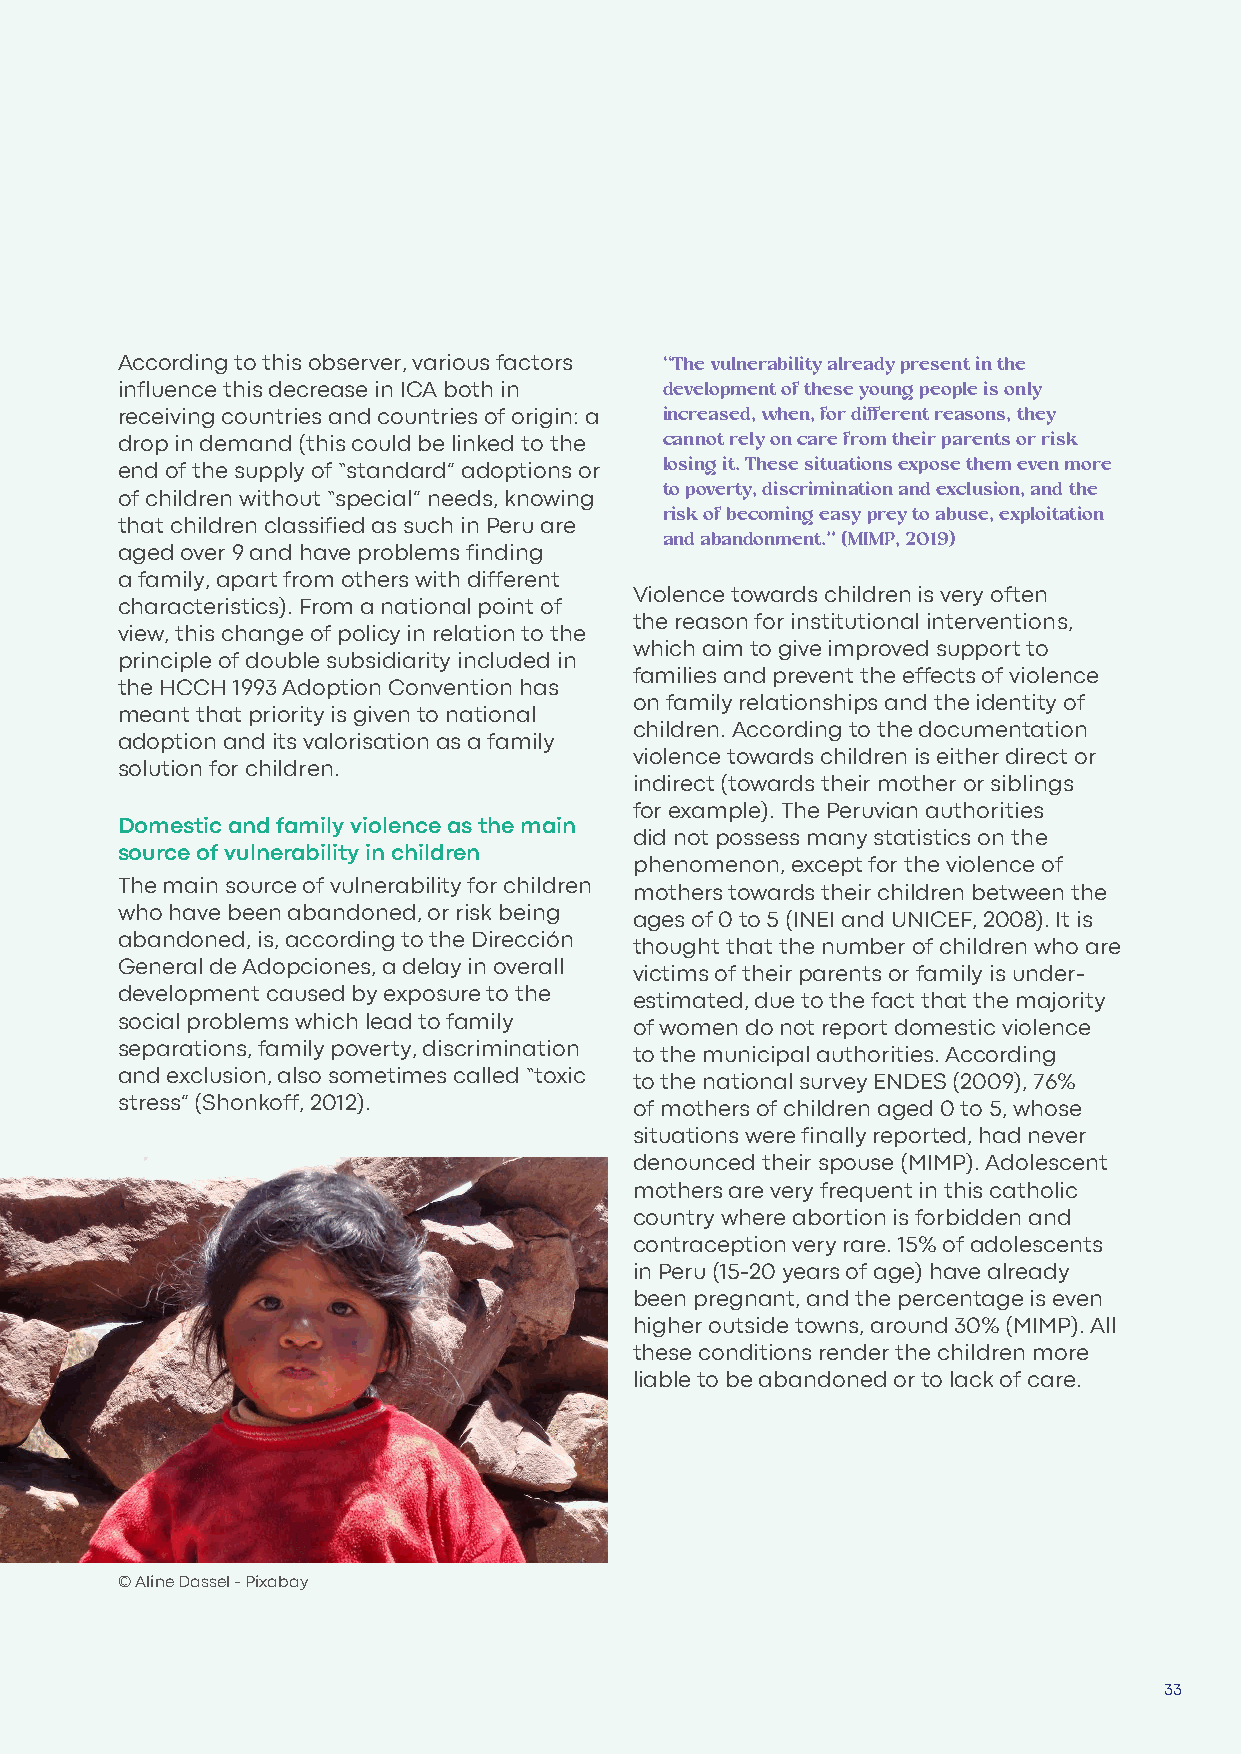
According to this observer, various factors “The vulnerability already present in the
 development of these young people is only
 influence this decrease in ICA both in
 increased, when, for different reasons, they
 receiving countries and countries of origin: a
 cannot rely on care from their parents or risk
 drop in demand (this could be linked to the
 losing it. These situations expose them even more
 end of the supply of “standard” adoptions or
 to poverty, discrimination and exclusion, and the
 of children without “special” needs, knowing
 risk of becoming easy prey to abuse, exploitation
 that children classified as such in Peru are
 and abandonment.” (MIMP, 2019)
 aged over 9 and have problems finding
 a family, apart from others with different
 Violence towards children is very often
 characteristics). From a national point of
 the reason for institutional interventions,
 view, this change of policy in relation to the
 which aim to give improved support to
 principle of double subsidiarity included in
 families and prevent the effects of violence
 the HCCH 1993 Adoption Convention has
 on family relationships and the identity of
 meant that priority is given to national
 children. According to the documentation
 adoption and its valorisation as a family
 violence towards children is either direct or
 solution for children.
 indirect (towards their mother or siblings
 for example). The Peruvian authorities
 Domestic and family violence as the main
 did not possess many statistics on the
 source of vulnerability in children
 phenomenon, except for the violence of
 The main source of vulnerability for children
 mothers towards their children between the
 who have been abandoned, or risk being
 ages of 0 to 5 (INEI and UNICEF, 2008). It is
 abandoned, is, according to the Dirección
 thought that the number of children who are
 General de Adopciones, a delay in overall
 victims of their parents or family is under-
 development caused by exposure to the
 estimated, due to the fact that the majority
 social problems which lead to family
 of women do not report domestic violence
 separations, family poverty, discrimination
 to the municipal authorities. According
 and exclusion, also sometimes called “toxic
 to the national survey ENDES (2009), 76%
 stress” (Shonkoff, 2012).
 of mothers of children aged 0 to 5, whose
 situations were finally reported, had never
 denounced their spouse (MIMP). Adolescent
 mothers are very frequent in this catholic
 country where abortion is forbidden and
 contraception very rare. 15% of adolescents
 in Peru (15-20 years of age) have already
 been pregnant, and the percentage is even
 higher outside towns, around 30% (MIMP). All
 these conditions render the children more
 liable to be abandoned or to lack of care.
 © Aline Dassel - Pixabay
 33